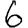
Digit: 6